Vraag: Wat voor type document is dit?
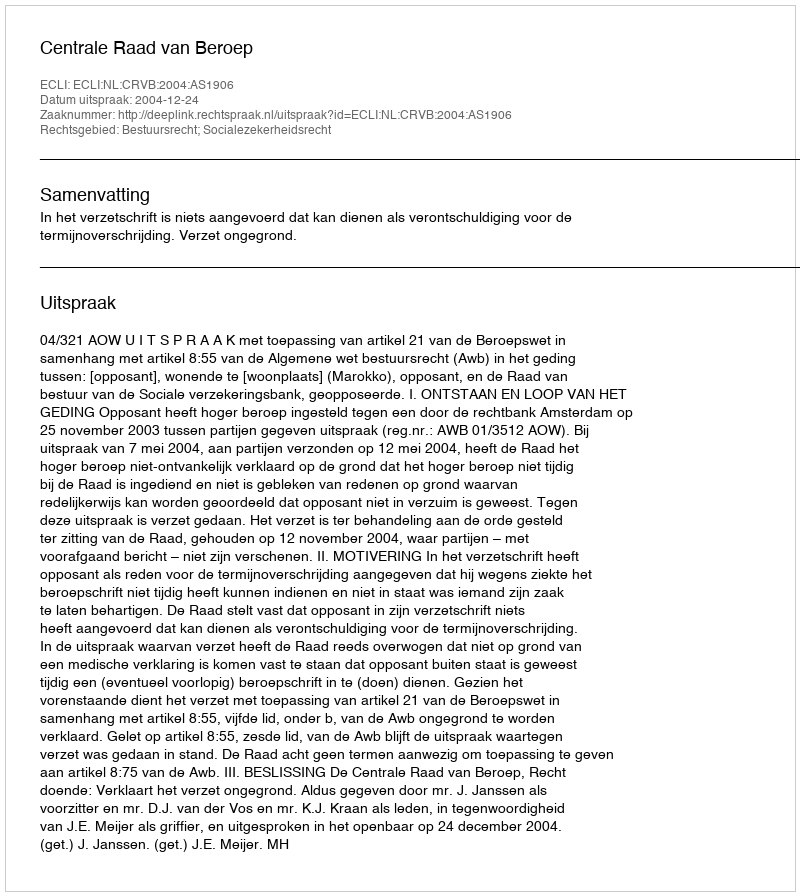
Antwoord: Uitspraak